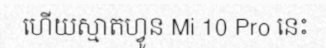
ហើយស្មាតហ្វូន Mi 10 Pro នេះ